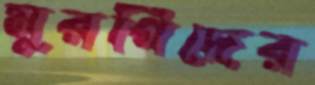
মুরগিদের